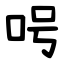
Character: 呺